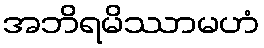
အဘိရမိဿာမဟံ